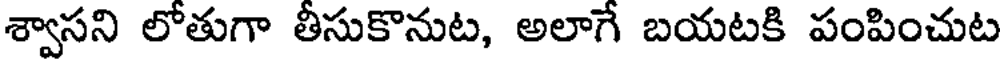
శ్వాసని లోతుగా తీసుకొనుట, అలాగే బయటకి పంపించుట